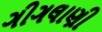
ગીગલાણી